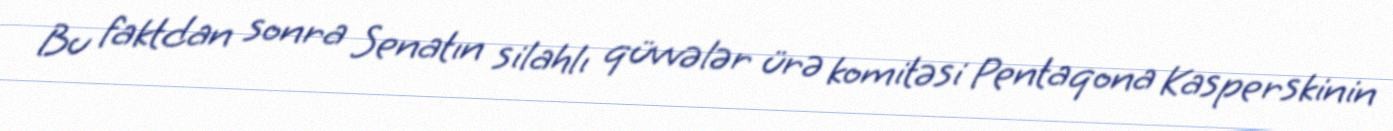
Bu faktdan sonra Senatın silahlı qüvvələr ürə komitəsi Pentaqona Kasperskinin